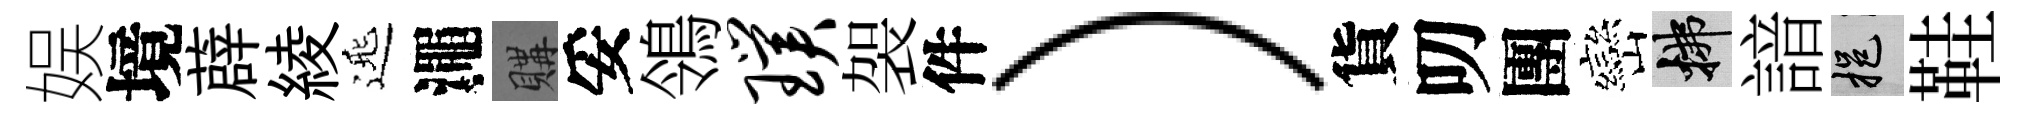
娱境薜綾𨓱澠購妥鴒璞袈件）貨叨團巒拂諳挹鞋